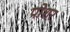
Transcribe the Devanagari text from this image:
पोशर